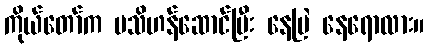
ကိုယ်တော်က မသိဟန်ဆောင်ပြီး နေမြဲ နေရောလား။